Trukikaitis_Postimees, lk 45
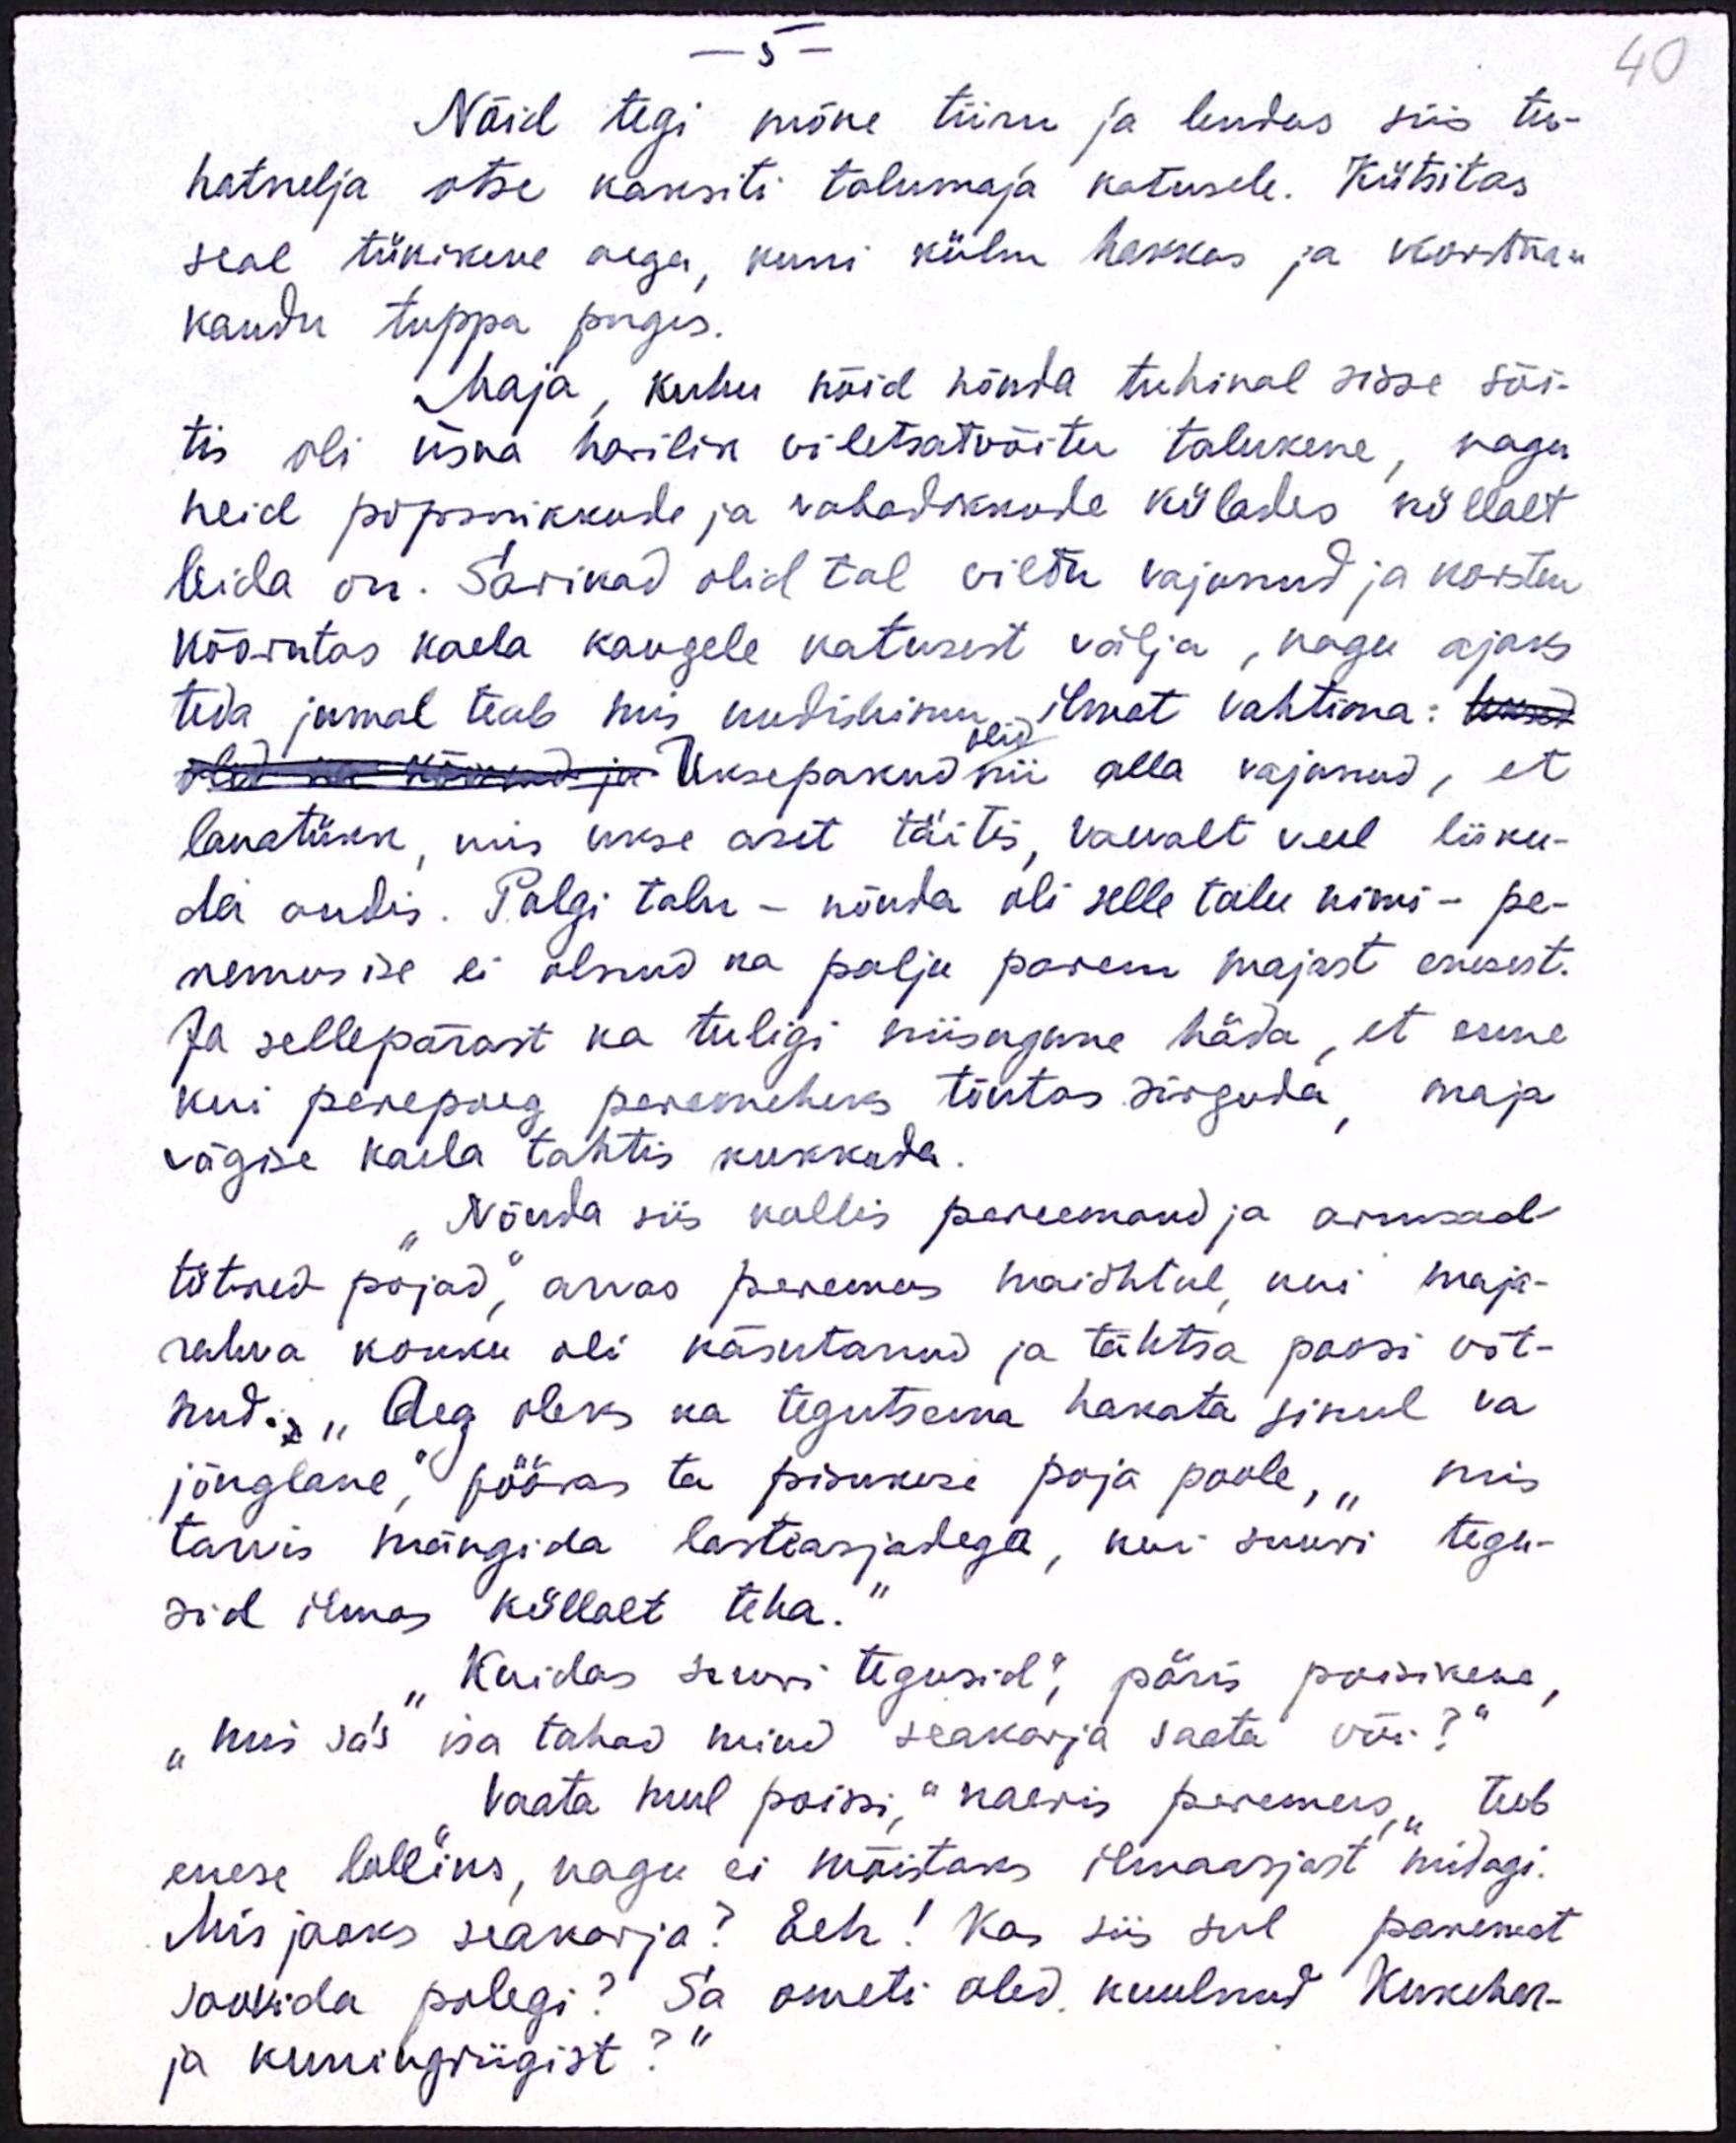
40

5 -
Nõid tegi mõne tiiru ja lendas siis tu-
hatnelja otse kaksiti talumaja katusele. Kütsitas
seal tükikene aega, kuni külm hakkas ja korteri
kaudu tuppa puges.
Maja, kuhu nõid nõnda tuhinal sisse sõi-
tis oli üsna harilik viletsatvõitu talukene, nagu
neid popsnikkude ja vabadikkude külades küllalt
leida on. Sarikad olid tal vildu vajanud ja korsten-
kõõritas kaela kaugele katusest välja, nagu ajaks
teda jumal teab mis uudishimu, ilmat vahtima:
olid
uksepakud nii alla vajunud, et
lauatükk, mis ukse aset täitis, vaevalt veel liiku-
da andis. Palgi talu - nõuda oli selle talu nimi - pe-
remees ise ei olnud ka palju parem majast enesest.
Ja sellepärast ka tuligi niisugune häda, et enne
kui perepoeg peremeheks tõutas sirguda, maja
vägise kaela tahtis kukkuda.
"Nõnda siis kallis pereemand ja armsad
tütred-pojad, arvas peremas maiõhtul, kui maja-
rahva kokku oli käsutanud ja tähtsa poosi võt-
nud. "Aeg oleks ka tegutsema hakata sinul va
jõnglane," pööras ta pisukese poja poole, "mis
tarvis mängida lastaasjadega, kui suuri tegu-
sid ilmas küllalt teha.“
Kuidas suuri tegusid", päris poisikene,
"mis sa's isa tahad mind seakarja saata või?"
"Vaata mul poissi," naeris peremees, "teeb
enese lolliks, nagu ei mõistaks ilmaasjast midagi.
Mis jaoks seakarja? Eeh! Kas siis sul paremat
soovida polegi? Sa ometi oled kuulnud Kukehar-
ja kuningriigist?“